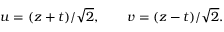
u = ( z + t ) / \sqrt { 2 } , \qquad v = ( z - t ) / \sqrt { 2 } .